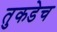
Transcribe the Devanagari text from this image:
तुकडेच